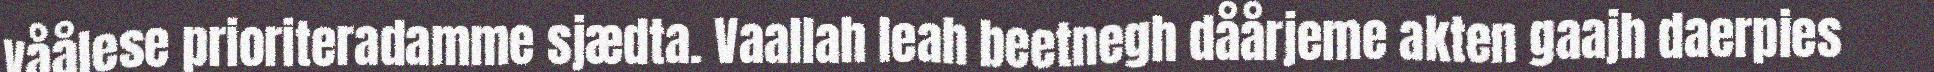
våålese prioriteradamme sjædta. Vaallah leah beetnegh dåårjeme akten gaajh daerpies